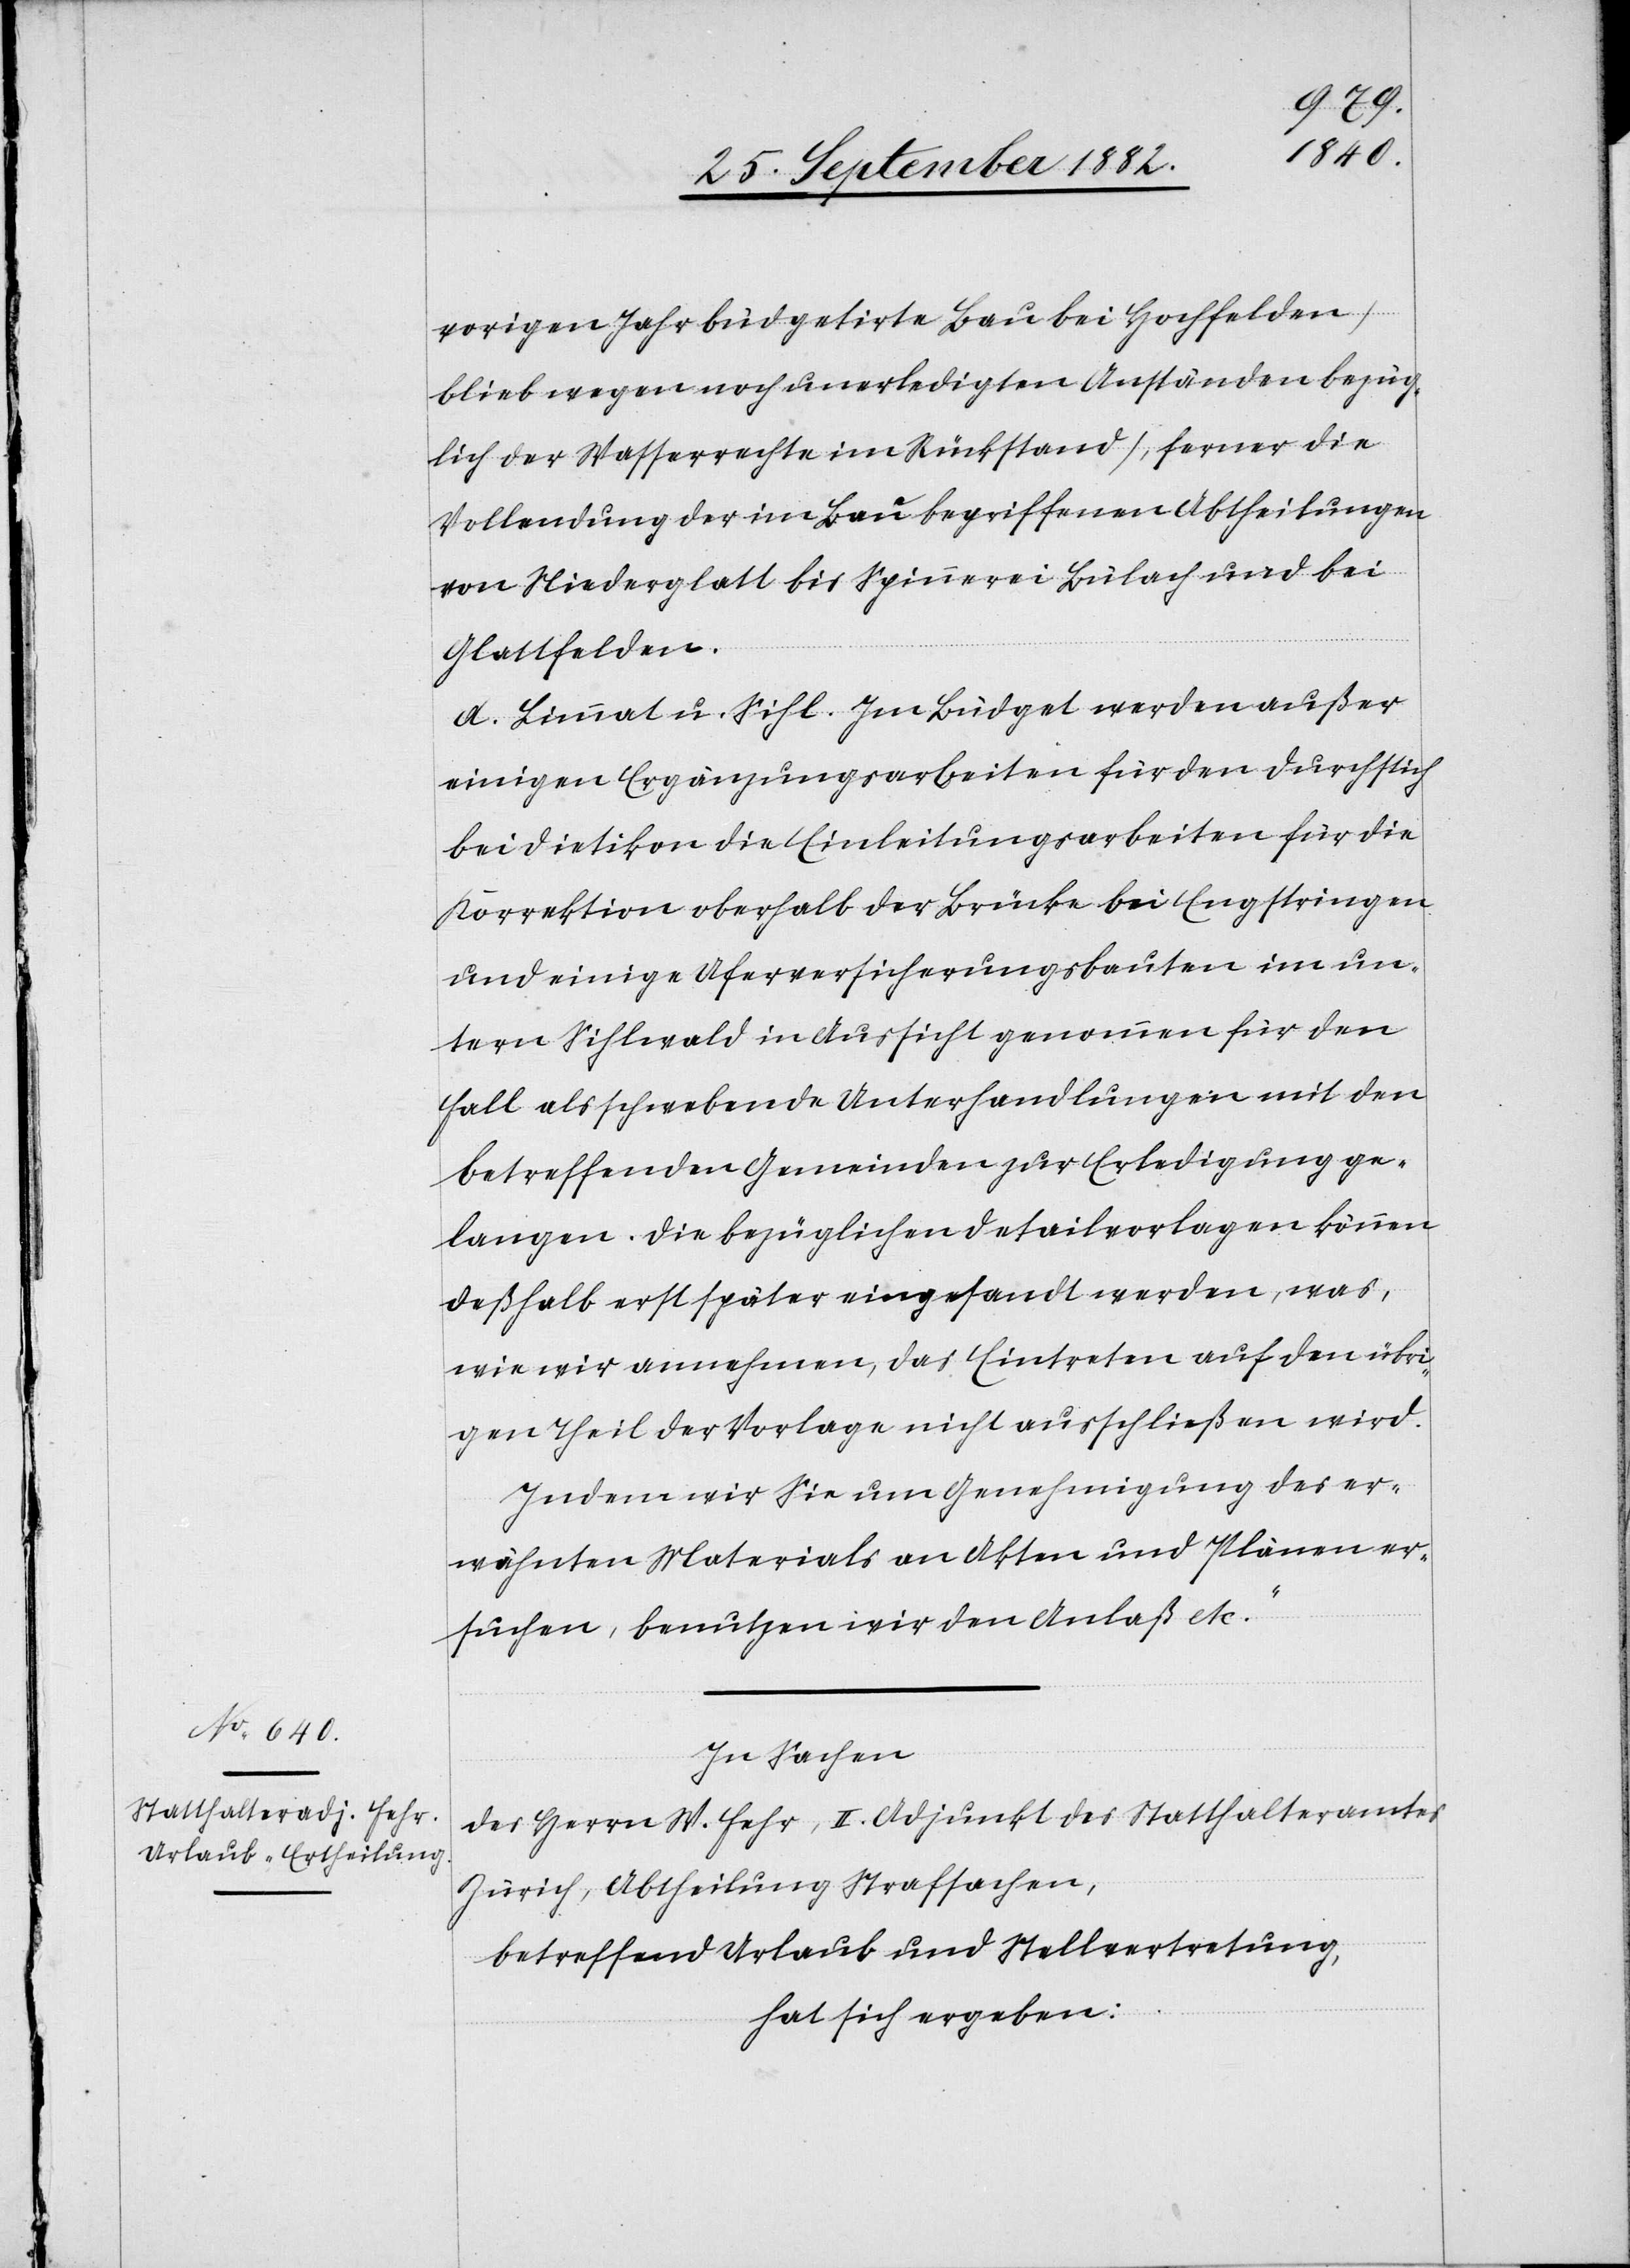
vorigen Jahre büdgetirte Bau bei Hochfelden
blieb wegen noch unerledigter Anstände bezüg¬
lich der Wasserrechte im Rückstand), ferner die
Vollendung der im Bau begriffenen Abtheilungen
von Niederglatt bis Spinnerei Bülach und bei
Glattfelden.
d. Limmat u. Sihl. Im Büdget werden außer
einigen Ergänzungsarbeiten für den Durchstich
bei Dietikon die Einleitungsarbeiten für die
Korrektion oberhalb der Brücke bei Engstringen
und einige Uferversicherungsbauten im un¬
tern Sihlwald in Aussicht genommen für den
Fall als schwebende Unterhandlungen mit den
betreffenden Gemeinden zur Erledigung ge¬
langen. Die bezüglichen Detailvorlagen können
deßhalb erst später eingesandt werden, was,
wie wir annehmen, das Eintreten auf den übri¬
gen Theil der Vorlage nicht ausschließen wird.
Indem wir Sie um Genehmigung des er¬
wähnten Materials in Akten und Plänen er¬
suchen, benutzen wir den Anlaß etc.“
In Sachen
des Herrn W. Fehr, II. Adjunkt des Statthalteramtes
Zürich, Abtheilung Strafsachen,
betreffend Urlaub und Stellvertretung,
hat sich ergeben: